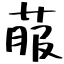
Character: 菔